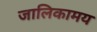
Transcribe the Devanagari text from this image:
जालिकामय